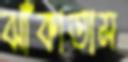
ঝাঁকাতাম